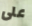
على